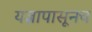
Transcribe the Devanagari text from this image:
यज्ञापासूनच